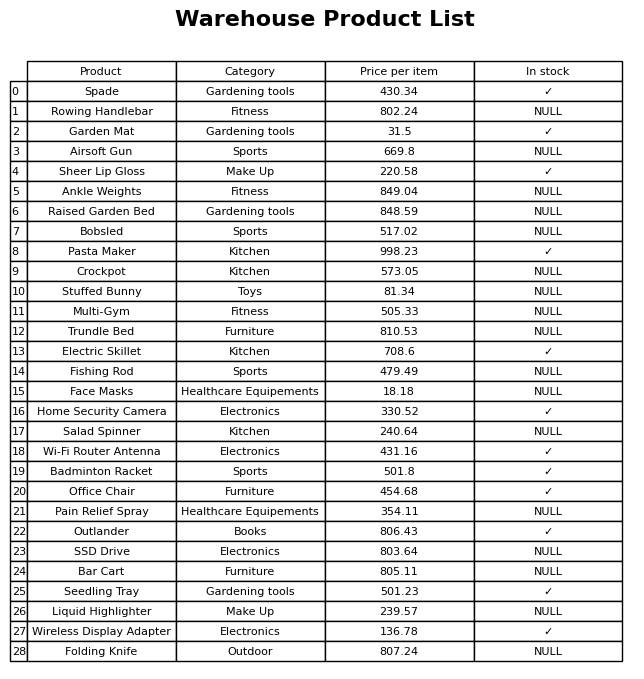
question: What is the price of the Bar Cart?
answer: The price of Bar Cart is 805.11.